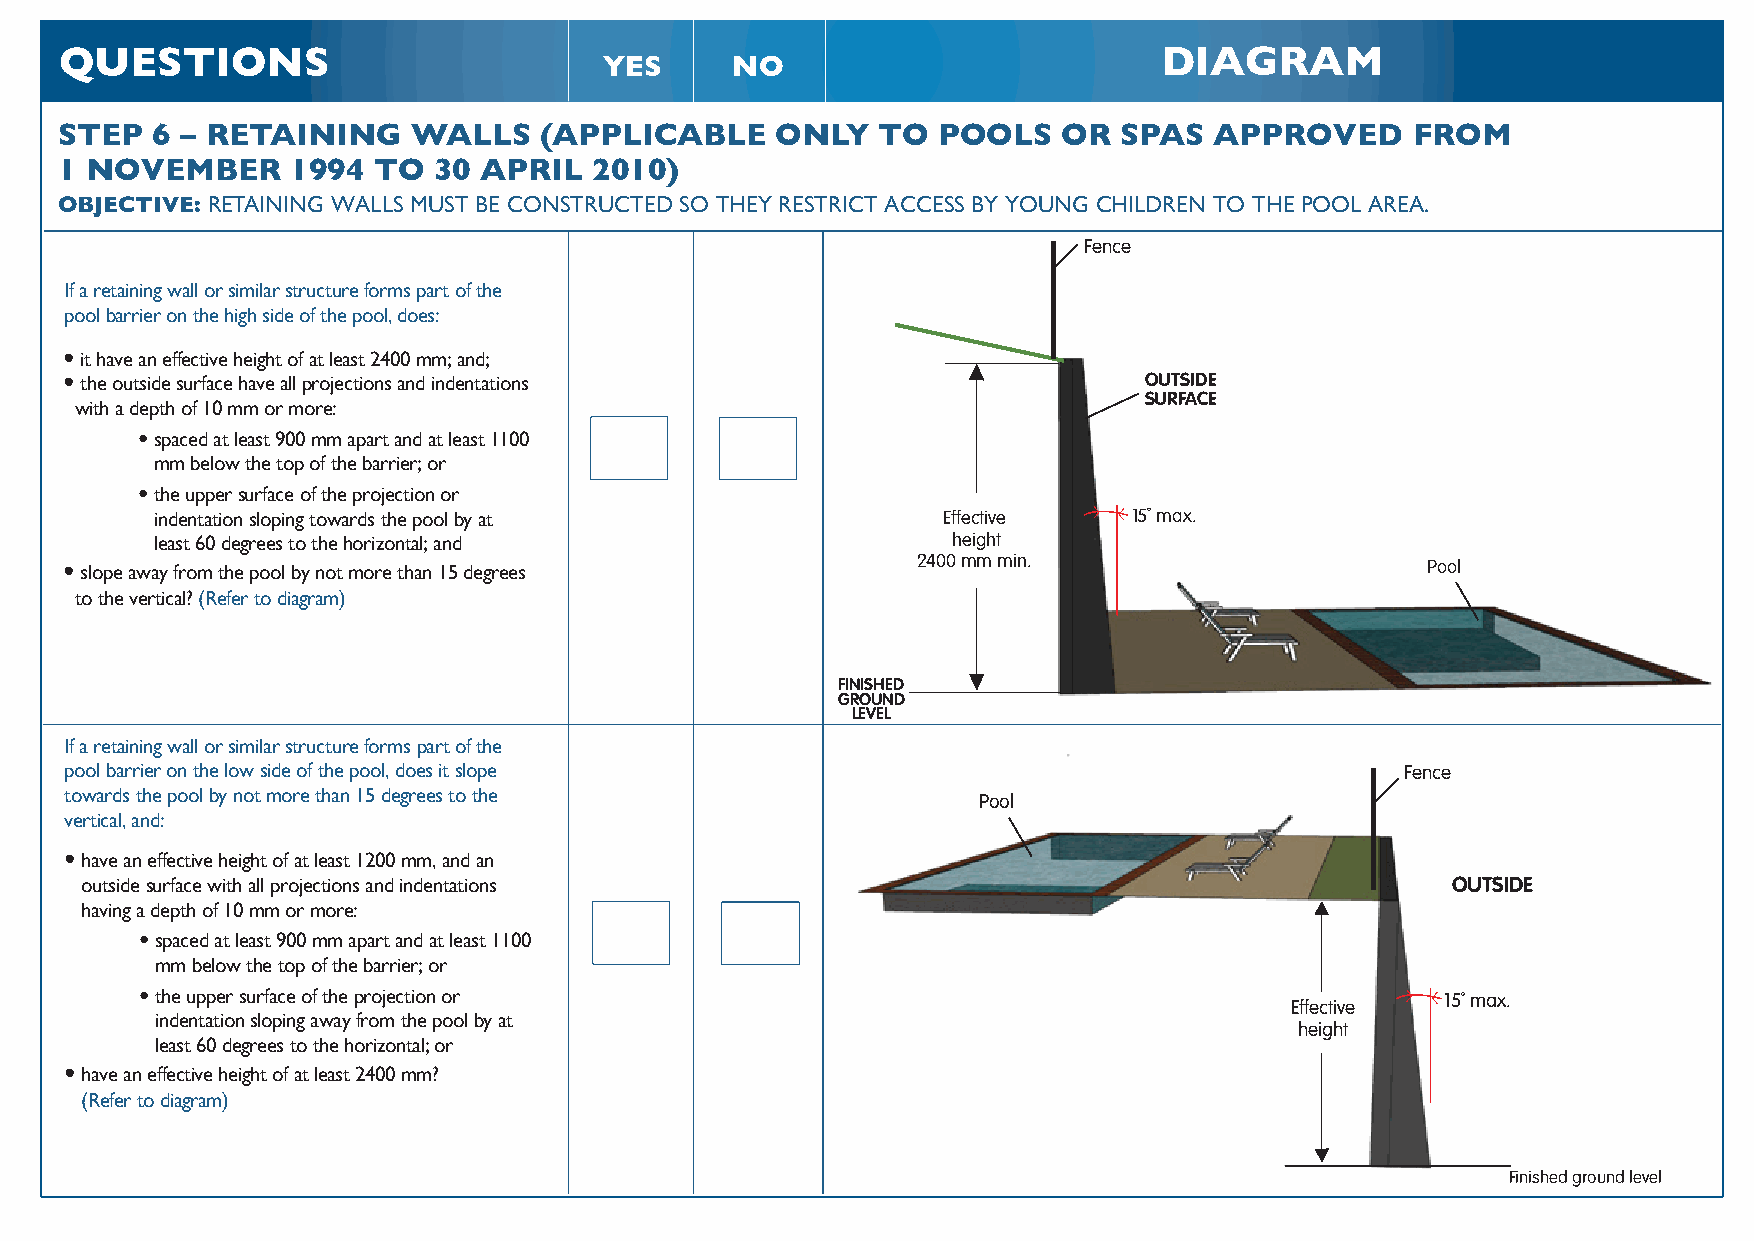
QUESTIONS                                                                DIAGRAM
 YES     NO
 STEP  6 – RETAINING    WALLS    (APPLICABLE    ONLY   TO  POOLS   OR  SPAS  APPROVED      FROM
 1 NOVEMBER     1994  TO  30 APRIL  2010)
 OBJECTIVE: RETAINING WALLS MUST BE CONSTRUCTED SO THEY RESTRICT ACCESS BY YOUNG CHILDREN TO THE POOL AREA.
 Fence
 If a retaining wall or similar structure forms part of the
 pool barrier on the high side of the pool, does:
 •it have an effective height of at least 2400 mm; and;
 •the outside surface have all projections and indentations              OUTSIDE
 SURFACE
 with a depth of 10 mm or more:
 •spaced at least 900 mm apart and at least 1100
 mm below the top of the barrier; or
 •the upper surface of the projection or
 indentation sloping towards the pool by at          Effective    15˚ max.
 least 60 degrees to the horizontal ;and              height
 2400 mm min.
 •slope away from the pool by not more than 15 degrees                                     Pool
 to the vertical? (Refer to diagram)
 FINISHED
 GROUND
 LEVEL
 If a retaining wall or similar structure forms part of the
 pool barrier on the low side of the pool, does it slope                                  Fence
 towards the pool by not more than 15 degrees to the
 Pool
 vertical, and:
 •have an effective height of at least 1200 mm, and an
 outside surface with all projections and indentations                                      OUTSIDE
 having a depth of 10 mm or more:
 •spaced at least 900 mm apart and at least 1100
 mm below the top of the barrier; or
 •the upper surface of the projection or
 15˚ max.
 Effective
 indentation sloping away from the pool by at
 height
 least 60 degrees to the horizontal; or
 •have an effective height of at least 2400 mm?
 (Refer to diagram)
 Finished ground level